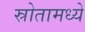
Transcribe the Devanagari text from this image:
स्रोतामध्ये